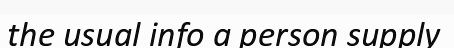
the usual info a person supply